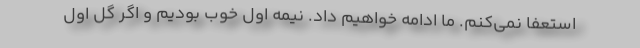
استعفا نمی‌کنم. ما ادامه خواهیم داد. نیمه اول خوب بودیم و اگر گل اول